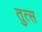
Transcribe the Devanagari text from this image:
तुत्स